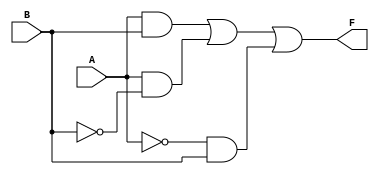
module kmap_two_variable (
    input wire A, // 1-bit input A
    input wire B, // 1-bit input B
    output wire F // 1-bit output F
);

// Define the logic for the K-map
// Example truth table values:
// F(0,0) = 0
// F(0,1) = 1
// F(1,0) = 1
// F(1,1) = 0
// This results in the minimized expression: B

assign F = (A & B) | (A & ~B) | (~A & B);

endmodule